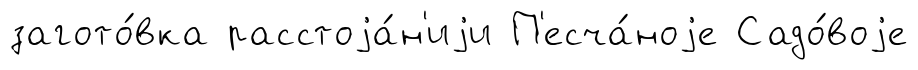
загото́вка расстоjа́н'иjи П'есча́ноjе Садо́воjе